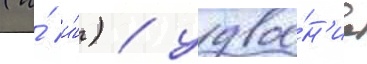
(и́ и́) / удвое́н'ие